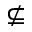
\nsubseteq